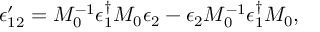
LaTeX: \epsilon _ { 1 2 } ^ { \prime } = M _ { 0 } ^ { - 1 } \epsilon _ { 1 } ^ { \dagger } M _ { 0 } \epsilon _ { 2 } - \epsilon _ { 2 } M _ { 0 } ^ { - 1 } \epsilon _ { 1 } ^ { \dagger } M _ { 0 } ,